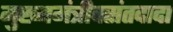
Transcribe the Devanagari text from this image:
मुख्यमंत्रीवसंतदादा